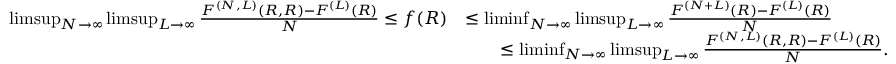
\begin{array} { r l } { \operatorname* { l i m s u p } _ { N \rightarrow \infty } \operatorname* { l i m s u p } _ { L \rightarrow \infty } \frac { F ^ { ( N , L ) } ( R , R ) - F ^ { ( L ) } ( R ) } { N } \leq f ( R ) } & { \leq \operatorname* { l i m i n f } _ { N \rightarrow \infty } \operatorname* { l i m s u p } _ { L \rightarrow \infty } \frac { F ^ { ( N + L ) } ( R ) - F ^ { ( L ) } ( R ) } { N } } \\ & { \qquad \leq \operatorname* { l i m i n f } _ { N \rightarrow \infty } \operatorname* { l i m s u p } _ { L \rightarrow \infty } \frac { F ^ { ( N , L ) } ( R , R ) - F ^ { ( L ) } ( R ) } { N } . } \end{array}